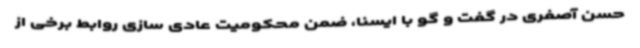
حسن آصفری در گفت و گو با ایسنا، ضمن محکومیت عادی سازی روابط برخی از